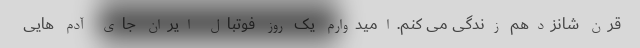
قرن شانزدهم زندگی می کنم.امیدوارم یک روز فوتبال ایران جای آدم هایی